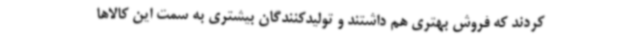
کردند که فروش بهتری هم داشتند و تولیدکنندگان بیشتری به سمت این کالاها